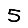
Digit: 5